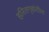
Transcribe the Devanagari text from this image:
हरितगृहांतील